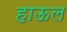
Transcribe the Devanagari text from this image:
हाऊल